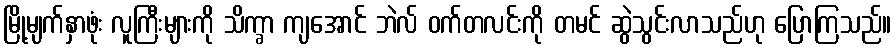
မြို့မျက်နှာဖုံး လူကြီးများကို သိက္ခာ ကျအောင် ဘဲလ် ဝက်တလင်းကို တမင် ဆွဲသွင်းလာသည်ဟု ပြောကြသည်။